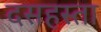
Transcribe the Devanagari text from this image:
दसहस्ता